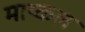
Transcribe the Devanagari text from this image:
माय्कल